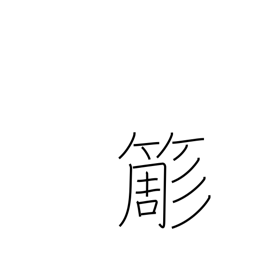
Meaning: bamboo whisk